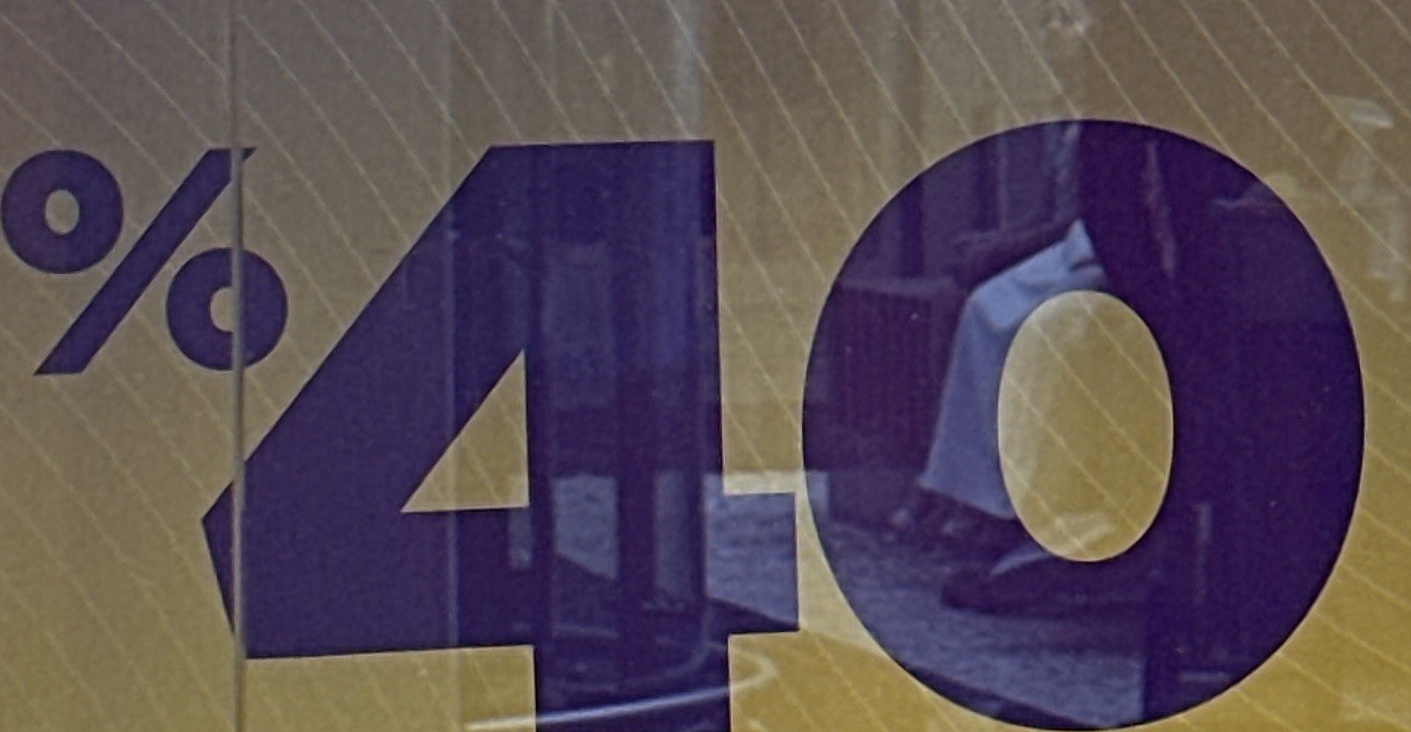
40